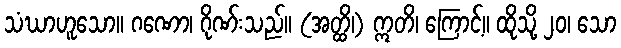
သံဃာဟူသော။ ဂဏော၊ ဂိုဏ်းသည်။ (အတ္ထိ၊) ဣတိ၊ ကြောင့်။ ထိုသို့ ၂၀၊ သော